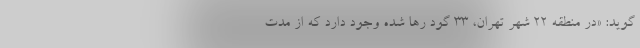
‌گوید: «در منطقه ۲۲ شهر تهران، ۳۳ گود رها شده وجود دارد که از مدت